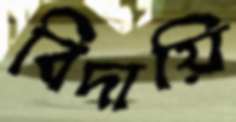
বিদায়ি